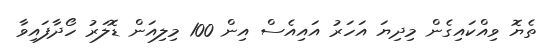
ތެޔޮ ވިއްކައިގެން މިދިޔަ އަހަރު އައިއެސް އިން 100 މިލިއަން ޑޮލަރު ހޯދާފައިވާ